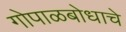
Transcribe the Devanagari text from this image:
गोपाळबोधाचे